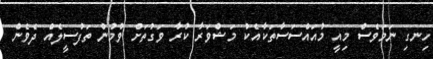
ހިނގި ނަމަވެސް މިއީ މުއައްސަސާތަކާއެކު މަޝްވަރާ ކުރާ ވަގުތަށް ވުމުން ތަފުސީލެއް ދެވެން